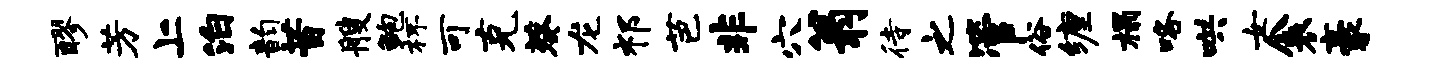
醪芳上泊韵昔艘鲍杯可克葵龙祁芭非穴翁待之管俗缠榻咯哄女衾豪